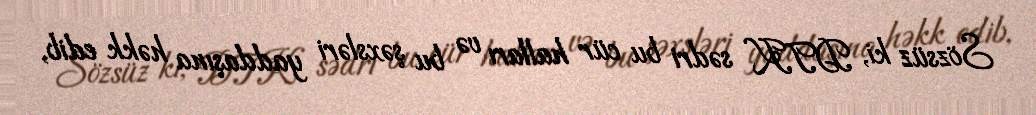
Sözsüz ki, DTK sədri bu cür halları və bu şəxsləri yaddaşına həkk edib,